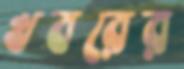
খবরের